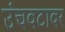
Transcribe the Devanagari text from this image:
उंचवटावर